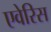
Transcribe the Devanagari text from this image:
एवेरिस